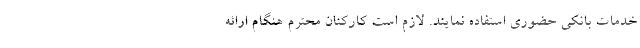
خدمات بانکی حضوری استفاده نمایند. لازم است کارکنان محترم هنگام ارائه